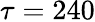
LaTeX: \tau=240